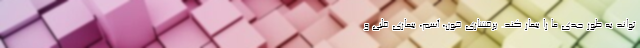
تواند به طور جدی ما را بیمار کند. پرفشاری خون، آسم، بیماری قلبی و